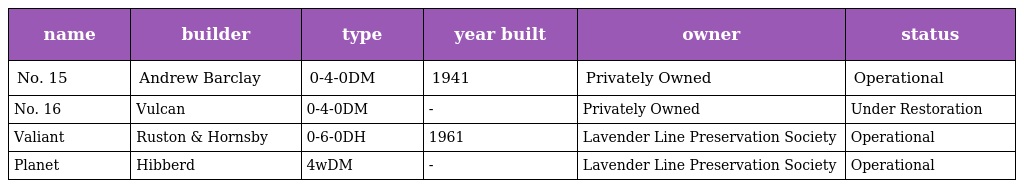
| name | builder | type | year built | owner | status |
 | --- | --- | --- | --- | --- | --- |
 | No. 15 | Andrew Barclay | 0-4-0DM | 1941 | Privately Owned | Operational |
 | No. 16 | Vulcan | 0-4-0DM | - | Privately Owned | Under Restoration |
 | Valiant | Ruston & Hornsby | 0-6-0DH | 1961 | Lavender Line Preservation Society | Operational |
 | Planet | Hibberd | 4wDM | - | Lavender Line Preservation Society | Operational |